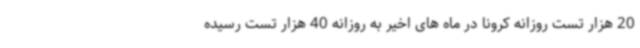
20 هزار تست روزانه کرونا در ماه های اخیر به روزانه 40 هزار تست رسیده